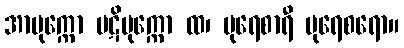
အာမုက္ကော ပဋိမုက္ကော ထ၊ ပုရေစာရီ ပုရေစရော။